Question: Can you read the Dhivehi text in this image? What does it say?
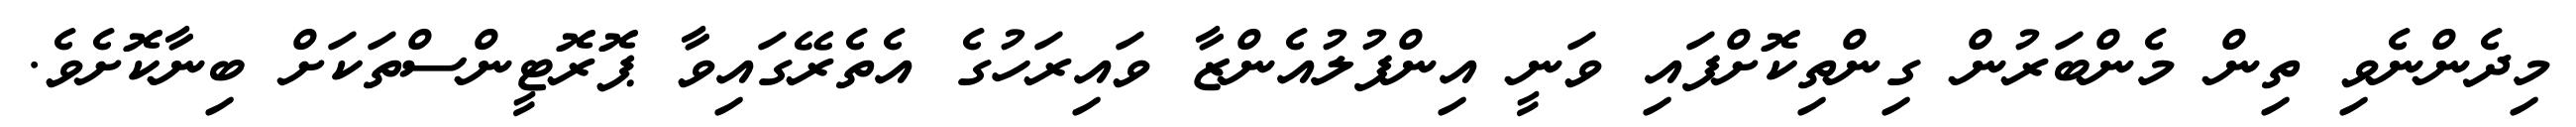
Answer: މިދެންނެވި ތިން މެންބަރުން ގިންތިކޮށްފައި ވަނީ އިންފުލުއެންޒާ ވައިރަހުގެ އެތެރޭގައިވާ ޕޮރޮޓީންސްތަކަށް ބިނާކޮށެވެ.